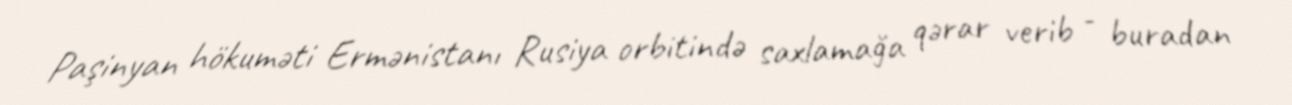
Paşinyan hökuməti Ermənistanı Rusiya orbitində saxlamağa qərar verib - buradan